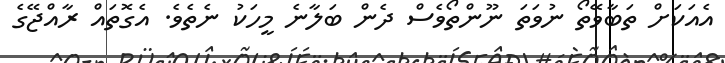
އެއަކަށް ތަބާވޭތޯ ނުވަތަ ނޫންތޯވެސް ދެން ބަލާނެ މީހަކު ނެތެވެ. އެގޮތައް ރާއްޖޭގެ